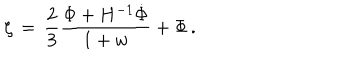
\zeta \, = \, { \frac { 2 } { 3 } } { \frac { \Phi + H ^ { - 1 } { \dot { \Phi } } } { 1 + w } } + \Phi \, .